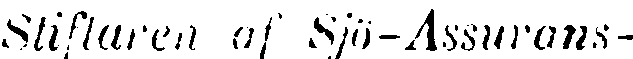
Stiftaren af Sjö-Assurans-